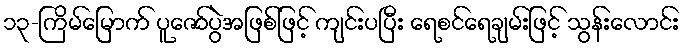
၁၃-ကြိမ်မြောက် ပူဇော်ပွဲအဖြစ်ဖြင့် ကျင်းပပြီး ရေစင်ရေချမ်းဖြင့် သွန်းလောင်း